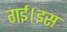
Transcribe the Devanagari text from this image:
गई।इस